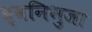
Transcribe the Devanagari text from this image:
ध्वनिभुजा